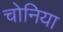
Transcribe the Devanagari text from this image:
चोनिया